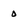
Character: O